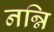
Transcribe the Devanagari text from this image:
नन्नि